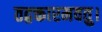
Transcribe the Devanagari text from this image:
तद्वक्तारमवतु।